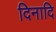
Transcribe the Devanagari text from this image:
दिनादि